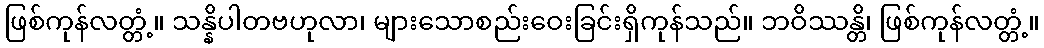
ဖြစ်ကုန်လတ္တံ့။ သန္နိပါတဗဟုလာ၊ များသောစည်းဝေးခြင်းရှိကုန်သည်။ ဘဝိဿန္တိ၊ ဖြစ်ကုန်လတ္တံ့။